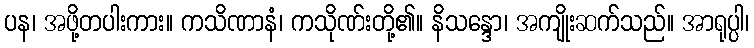
ပန၊ အဖို့တပါးကား။ ကသိဏာနံ၊ ကသိုဏ်းတို့၏။ နိသန္ဒော၊ အကျိုးဆက်သည်။ အာရုပ္ပါ၊